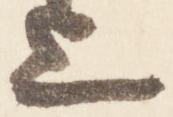
上